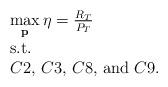
LaTeX: \begin{align*}\begin{array}{l}\mathop {\max }\limits_{\bf p} \eta=\frac{R_T}{P_T}\\{\rm{s}}{\rm{.t}}{\rm{.}}\\C2,\,C3,\,C8,\,{\rm and}\,\, C9.\end{array}\end{align*}